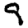
Digit: 9